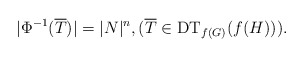
\begin{align*}\vert \Phi^{-1}(\overline{T})\vert = \vert N\vert^n,(\overline{T}\in \mathrm{DT}_{f(G)}(f(H))).\end{align*}